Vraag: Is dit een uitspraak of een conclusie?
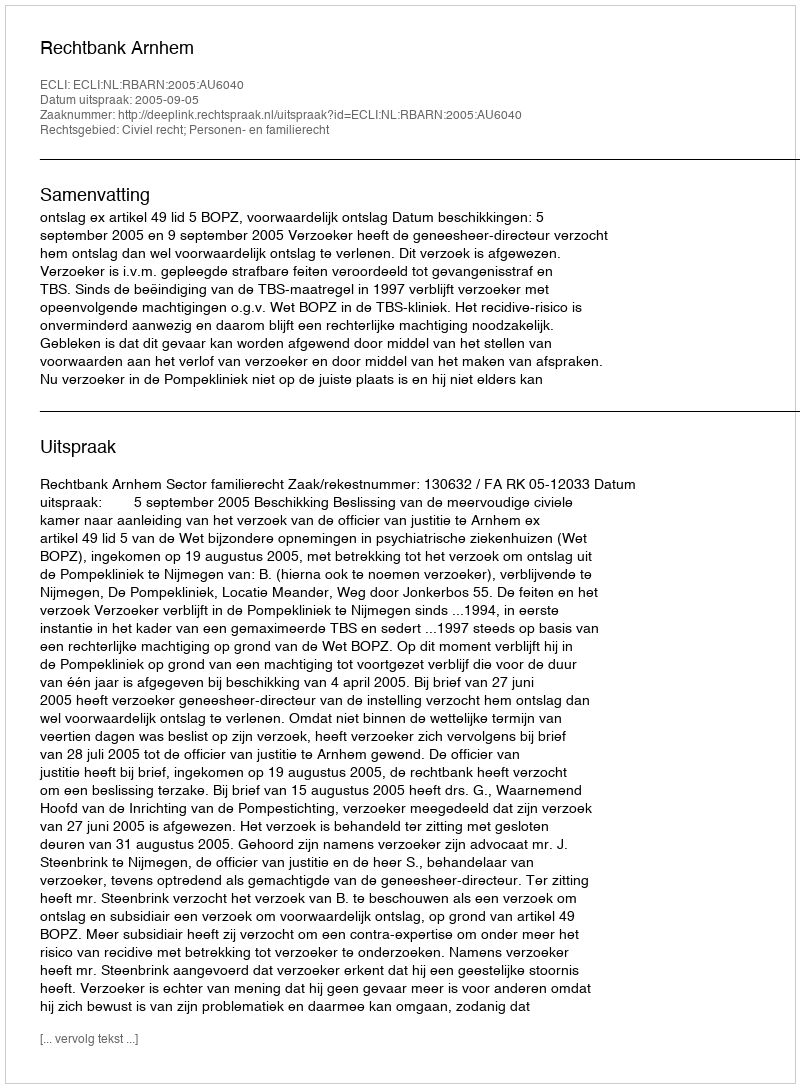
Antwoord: Uitspraak